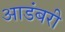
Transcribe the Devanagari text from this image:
आडंबरी